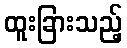
ထူးခြားသည့်